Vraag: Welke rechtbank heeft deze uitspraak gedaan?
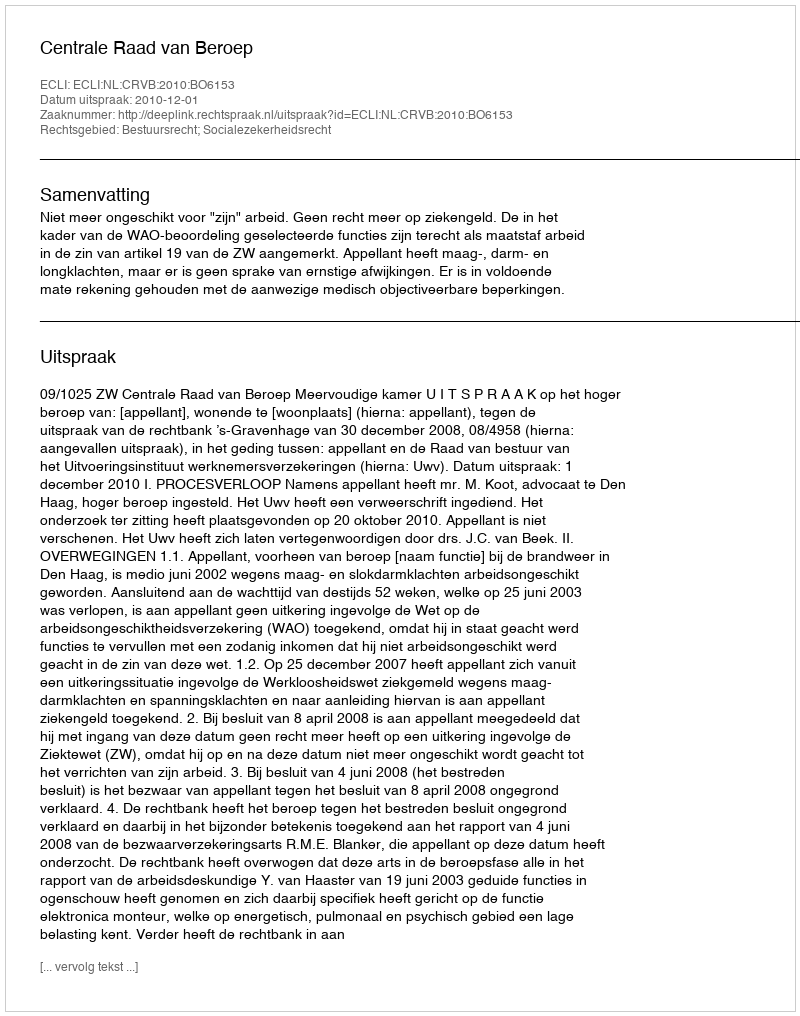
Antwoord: Centrale Raad van Beroep